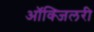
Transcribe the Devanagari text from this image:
आॅक्जिलरी